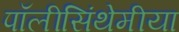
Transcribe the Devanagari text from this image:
पॉलीसिंथेमीया